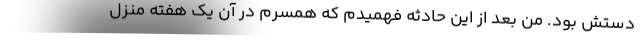
دستش بود. من بعد از این حادثه فهمیدم که همسرم در آن یک هفته منزل